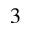
_ 3